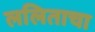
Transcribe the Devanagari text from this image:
ललिताचा